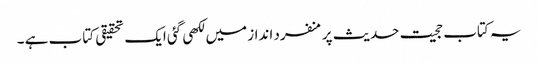
یہ کتاب حجیت حدیث پر منفرد انداز میں لکھی گئی ایک تحقیقی کتاب ہے ۔